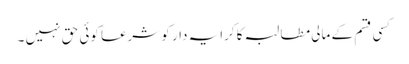
کسی قسم کے مالی مطالبہ کا کرایہ دار کو شرعاً کوئی حق نہیں ۔